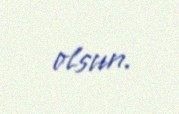
olsun.